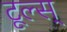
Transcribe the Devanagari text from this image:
टूल्स्